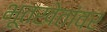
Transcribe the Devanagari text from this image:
भूतखेतांवर